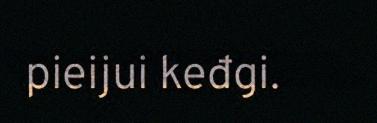
pieijui keđgi.